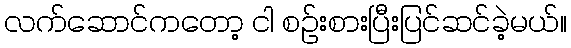
လက်ဆောင်ကတော့ ငါ စဉ်းစားပြီးပြင်ဆင်ခဲ့မယ်။